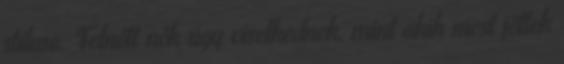
stílusa. Felnőtt nők úgy viselkednek, mint akik most jöttek